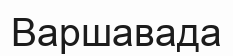
Варшавада